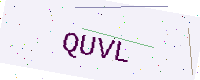
Text: QUVL